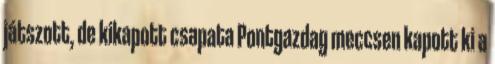
játszott, de kikapott csapata Pontgazdag meccsen kapott ki a